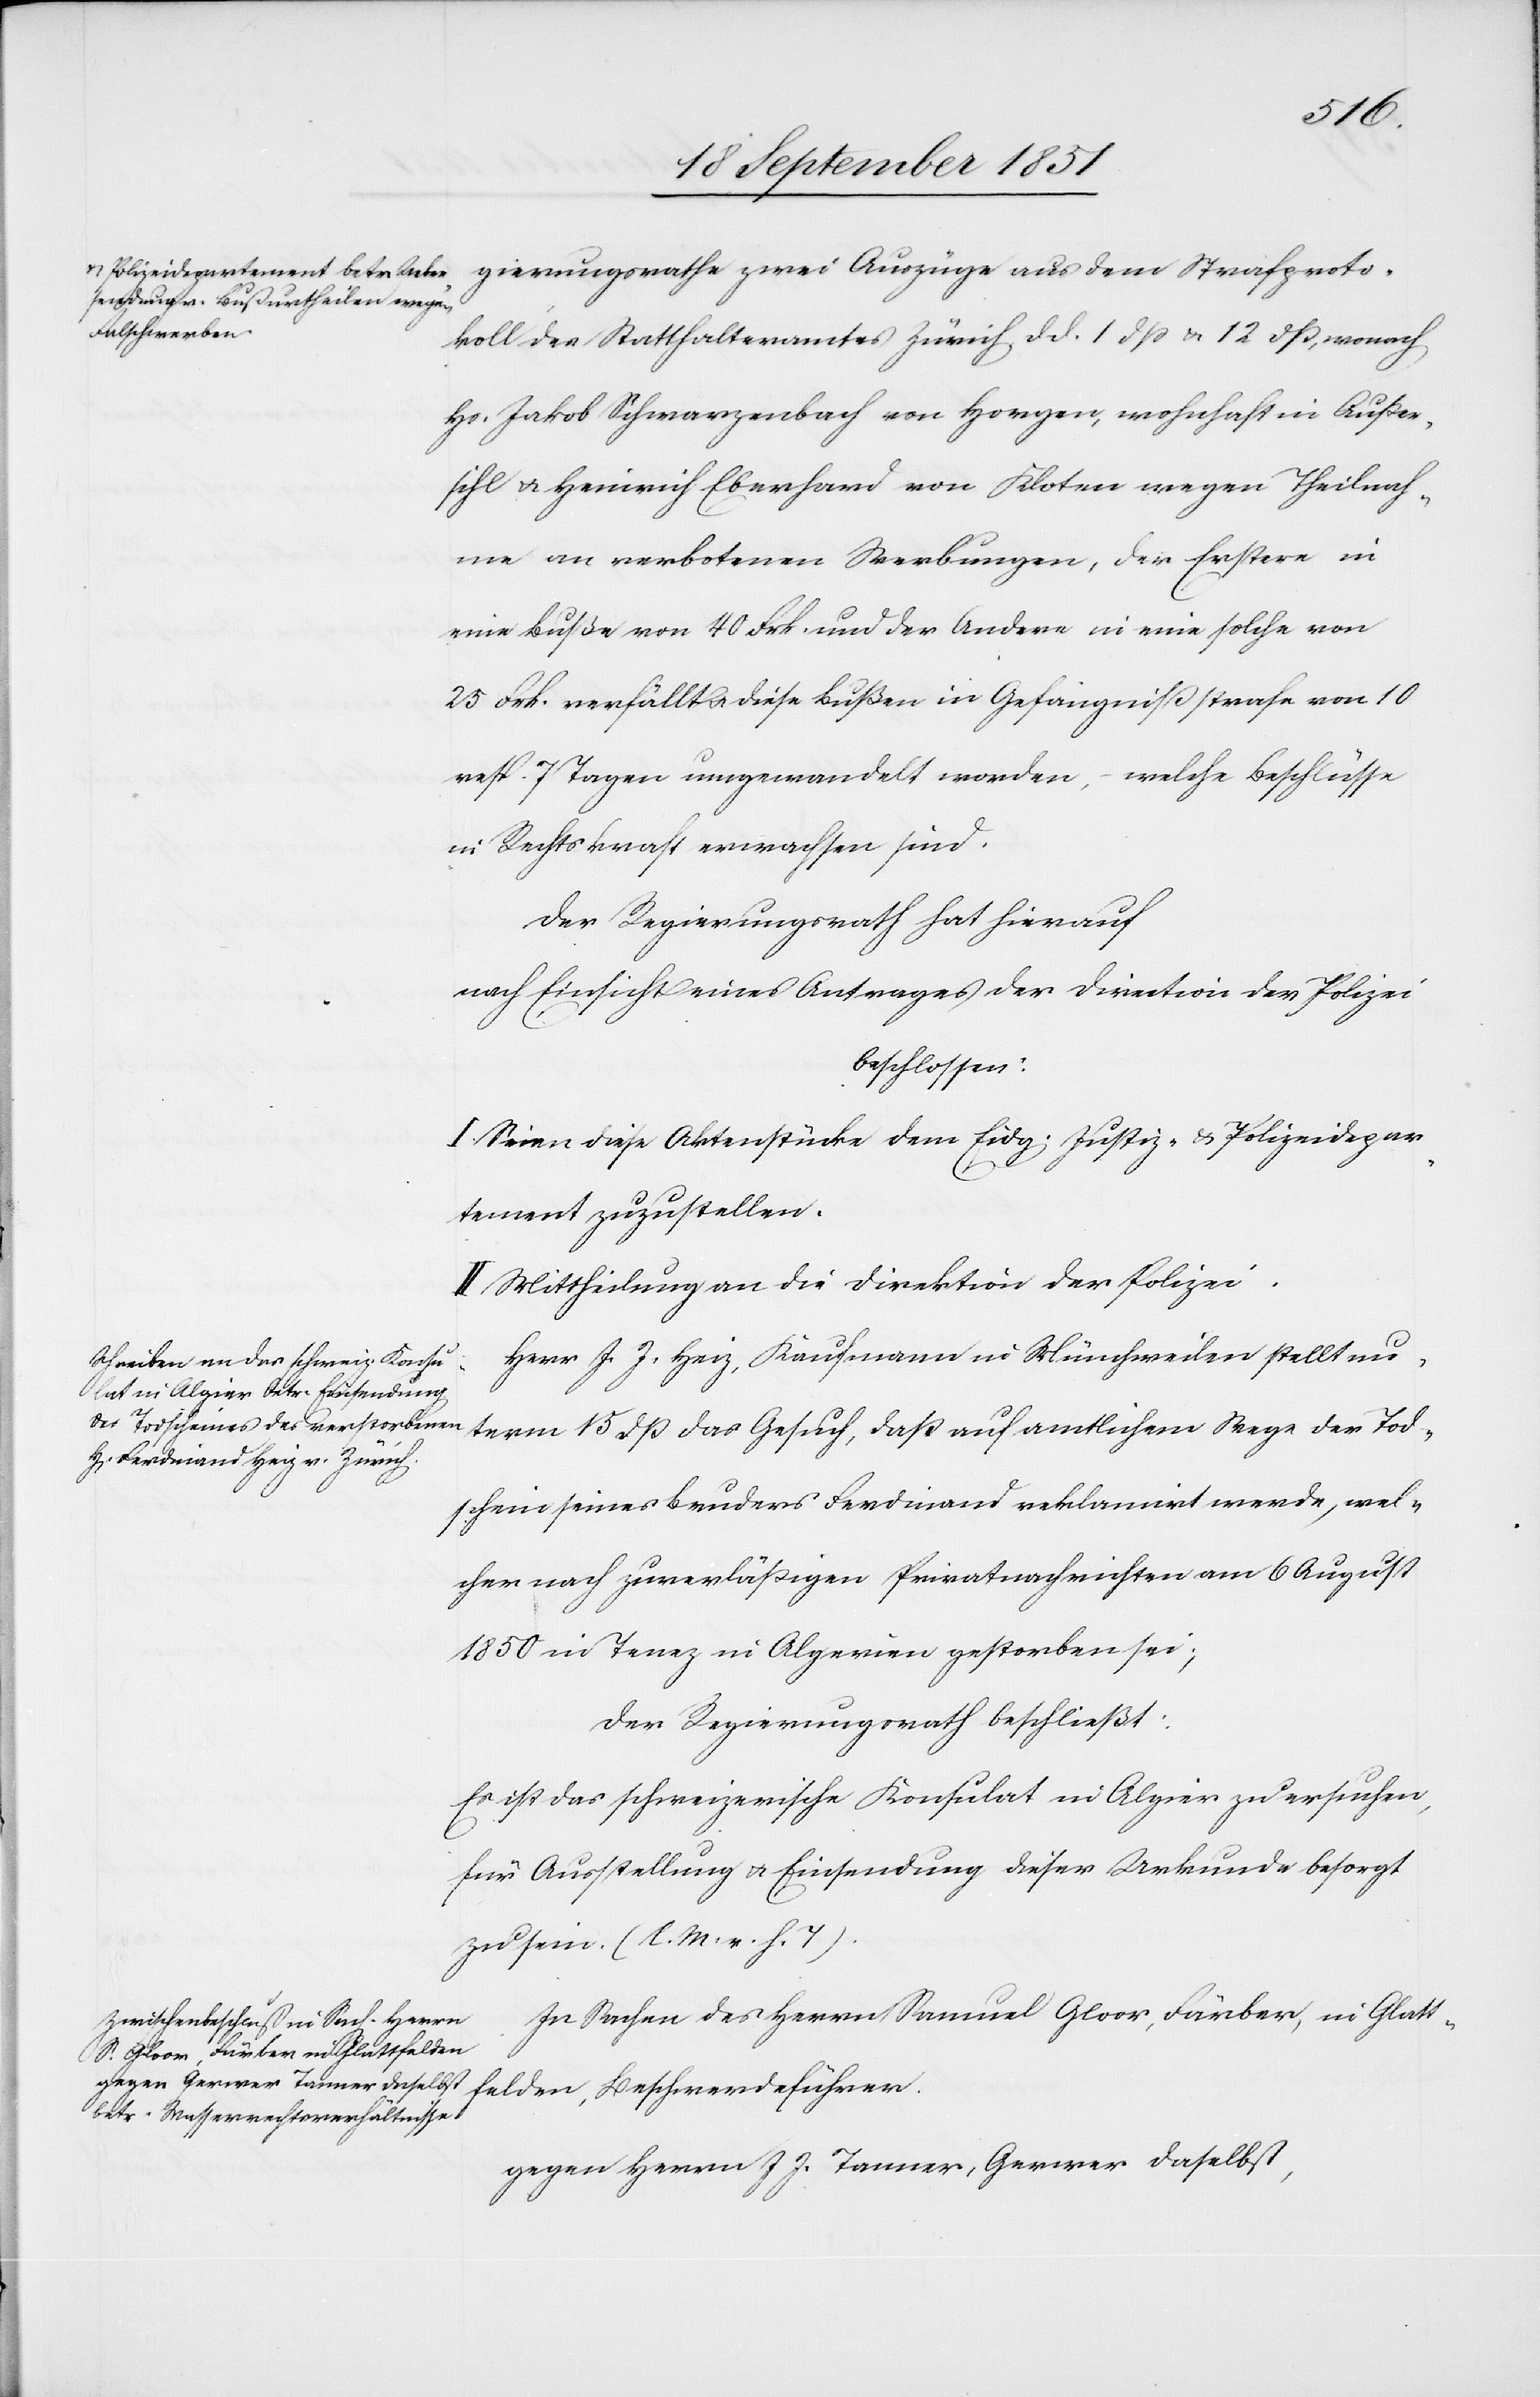
gierungsrathe zwei Auszüge aus dem Strafproto¬
koll des Statthalteramtes Zürich, d. d. 1 dß & 12 dß, wonach
Hs. Jakob Schwarzenbach von Horgen, wohnhaft in Außer¬
sihl & Heinrich Eberhard von Kloten wegen Theilnah¬
me an verbotenen Werbungen, der Erstere in
eine Buße von 40 Frk. und der Andere in eine solche von
25 Frk. verfällt u. diese Bußen in Gefängnißstrafe von 10
resp. 7 Tagen umgewandelt worden, – welche Beschlüsse
in Rechtskraft erwachsen sind.
Der Regierungsrath hat hierauf
nach Einsicht eines Antrages der Direction der Polizei
beschlossen:
I. Seien diese Aktenstücke dem Eidg: Justiz- & Polizeidepar¬
tement zuzustellen.
II. Mittheilung an die Direktion der Polizei.
Herr J. J. Heiz, Kaufmann in Münchweilen stellt un¬
term 15 dß das Gesuch, daß auf amtlichem Wege der Tod¬
schein seines Bruders Ferdinand reklamirt werde, wel¬
cher nach zuverläßigen Privatnachrichten am 6 August
1850 in Tenez in Algerien gestorben sei;
Der Regierungsrath beschließt:
Es ist das schweizerische Konsulat in Algier zu ersuchen,
für Ausstellung & Einsendung dieser Urkunde besorgt
zu sein. (l. M. v. h. T).
In Sachen des Herrn Samuel Gloor, Färber, in Glatt¬
felden, Beschwerdeführer.
gegen Herrn J J. Tanner, Gerwer daselbst,